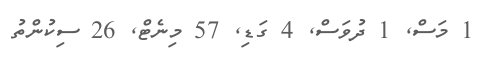
1 މަސް